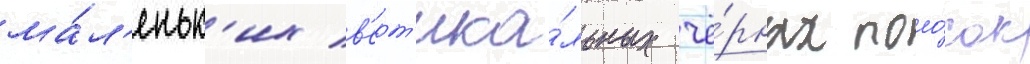
ма́л'еньк'их в'ерт'ика́льных чё́рных поло́сок